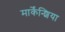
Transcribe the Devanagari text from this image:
मार्केंन्शिया